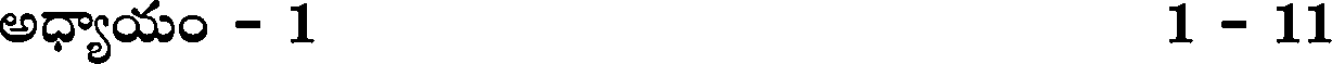
అధ్యాయం - 1 1 - 11